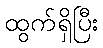
ထွက်ရှိပြီး